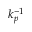
k _ { p } ^ { - 1 }